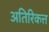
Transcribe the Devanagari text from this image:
अतिरिकत्त